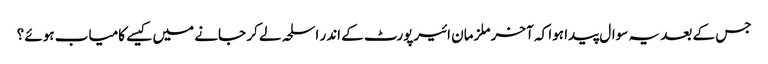
جس کے بعد یہ سوال پیدا ہوا کہ آخر ملزمان ائیرپورٹ کے اندر اسلحہ لے کر جانے میں کیسے کامیاب ہوئے ؟